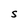
Character: S